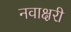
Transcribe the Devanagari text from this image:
नवाक्षरी